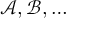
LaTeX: { \mathcal { A , B } } , \ldots